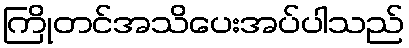
ကြိုတင်အသိပေးအပ်ပါသည်